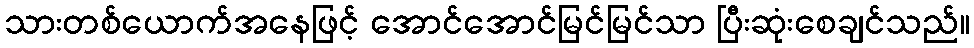
သားတစ်ယောက်အနေဖြင့် အောင်အောင်မြင်မြင်သာ ပြီးဆုံးစေချင်သည်။